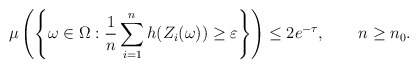
\begin{align*}\mu \left( \left\{ \omega \in \Omega : \frac{1}{n} \sum_{i=1}^n h(Z_i(\omega)) \geq \varepsilon \right\} \right) \leq 2 e^{- \tau}, ~~~~~~ n \geq n_0.\end{align*}